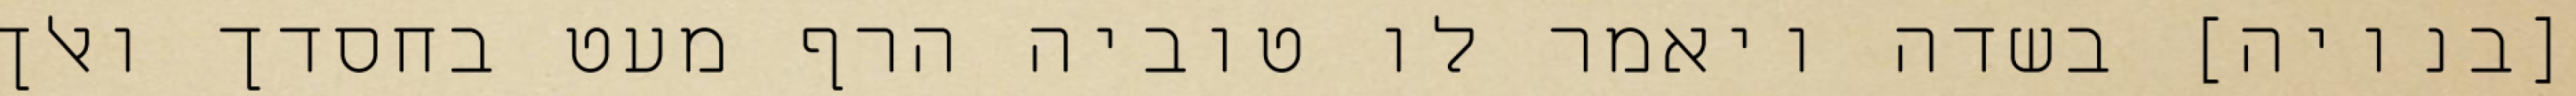
[בנויה] בשדה ויאמר לו טוביה הרף מעט בחסדך ואלך